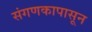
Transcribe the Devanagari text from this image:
संगणकापासून